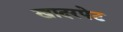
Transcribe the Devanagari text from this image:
खादरपेट